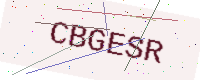
Text: CBGESR